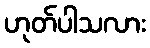
ဟုတ်ပါသလား